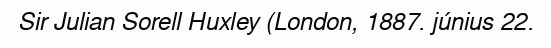
Sir Julian Sorell Huxley (London, 1887. június 22.